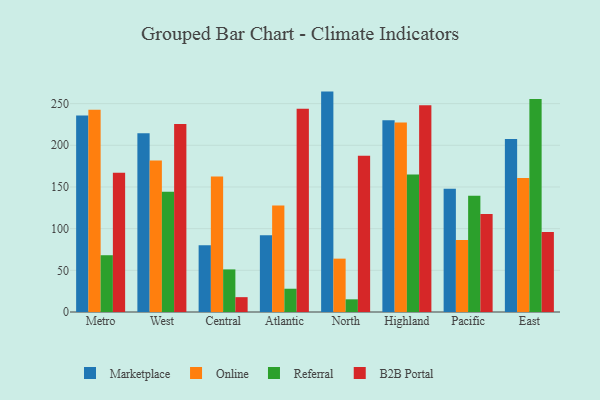
{"axis": {"x": "Region", "y": "Temperature (°C)"}, "legend": ["B2B Portal", "Marketplace", "Online", "Referral"], "data": [{"x": "Metro", "y": 235.8, "type": "Marketplace"}, {"x": "Metro", "y": 242.7, "type": "Online"}, {"x": "Metro", "y": 68.1, "type": "Referral"}, {"x": "Metro", "y": 167.1, "type": "B2B Portal"}, {"x": "West", "y": 214.5, "type": "Marketplace"}, {"x": "West", "y": 181.6, "type": "Online"}, {"x": "West", "y": 144.2, "type": "Referral"}, {"x": "West", "y": 225.6, "type": "B2B Portal"}, {"x": "Central", "y": 80.1, "type": "Marketplace"}, {"x": "Central", "y": 162.7, "type": "Online"}, {"x": "Central", "y": 51.1, "type": "Referral"}, {"x": "Central", "y": 17.8, "type": "B2B Portal"}, {"x": "Atlantic", "y": 92.0, "type": "Marketplace"}, {"x": "Atlantic", "y": 127.9, "type": "Online"}, {"x": "Atlantic", "y": 27.9, "type": "Referral"}, {"x": "Atlantic", "y": 243.7, "type": "B2B Portal"}, {"x": "North", "y": 264.4, "type": "Marketplace"}, {"x": "North", "y": 64.0, "type": "Online"}, {"x": "North", "y": 15.2, "type": "Referral"}, {"x": "North", "y": 187.4, "type": "B2B Portal"}, {"x": "Highland", "y": 230.1, "type": "Marketplace"}, {"x": "Highland", "y": 227.2, "type": "Online"}, {"x": "Highland", "y": 164.9, "type": "Referral"}, {"x": "Highland", "y": 248.0, "type": "B2B Portal"}, {"x": "Pacific", "y": 148.0, "type": "Marketplace"}, {"x": "Pacific", "y": 86.5, "type": "Online"}, {"x": "Pacific", "y": 139.5, "type": "Referral"}, {"x": "Pacific", "y": 117.7, "type": "B2B Portal"}, {"x": "East", "y": 207.5, "type": "Marketplace"}, {"x": "East", "y": 160.7, "type": "Online"}, {"x": "East", "y": 255.4, "type": "Referral"}, {"x": "East", "y": 95.9, "type": "B2B Portal"}]}